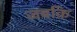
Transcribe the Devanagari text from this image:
जबकि